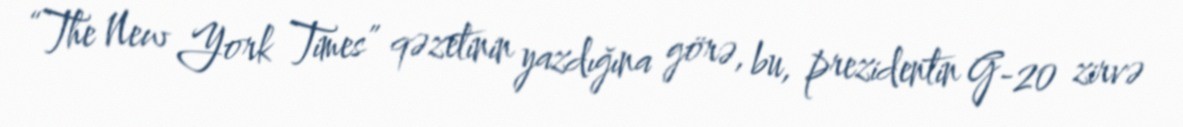
“The New York Times” qəzetinin yazdığına görə, bu, prezidentin G-20 zirvə